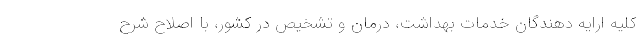
کلیه ارایه دهندگان خدمات بهداشت، درمان و تشخیص در کشور، با اصلاح شرح